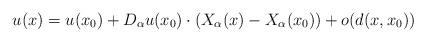
LaTeX: \begin{align*}u(x)=u(x_0)+D_\alpha u(x_0)\cdot (X_\alpha(x)-X_\alpha(x_0))+o(d(x,x_0))\end{align*}